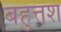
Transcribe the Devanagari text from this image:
बहुत्तंश